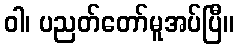
ဝါ၊ ပညတ်တော်မူအပ်ပြီ။